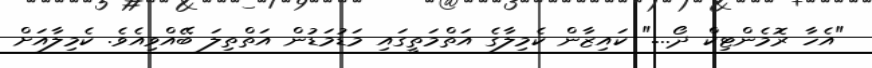
"އެހާ ރޮމެންޓިކް ދޯ...." ކައިޒާން ކެމިލާގެ އަތްމަތީގައި މަޑުމަޑުން އަތްތިލަ ބޭއްވިއެވެ. ކެމިލާއަށް